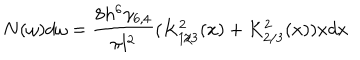
N ( \omega ) d \omega = \frac { 8 h ^ { 6 } \gamma _ { 6 , 4 } } { \pi l ^ { 2 } } ( K _ { 1 / 3 } ^ { 2 } ( x ) + K _ { 2 / 3 } ^ { 2 } ( x ) ) x d x